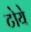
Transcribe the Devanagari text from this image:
टोये